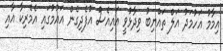
އިމާމު އަހުމަދު އަލް ތައްޔިބު ވިދާޅުވީ އައިއެސް އުފެދިގެން އައުމުގައި އެމެރިކާ އާއި